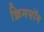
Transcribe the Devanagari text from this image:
क्रिमसॉम